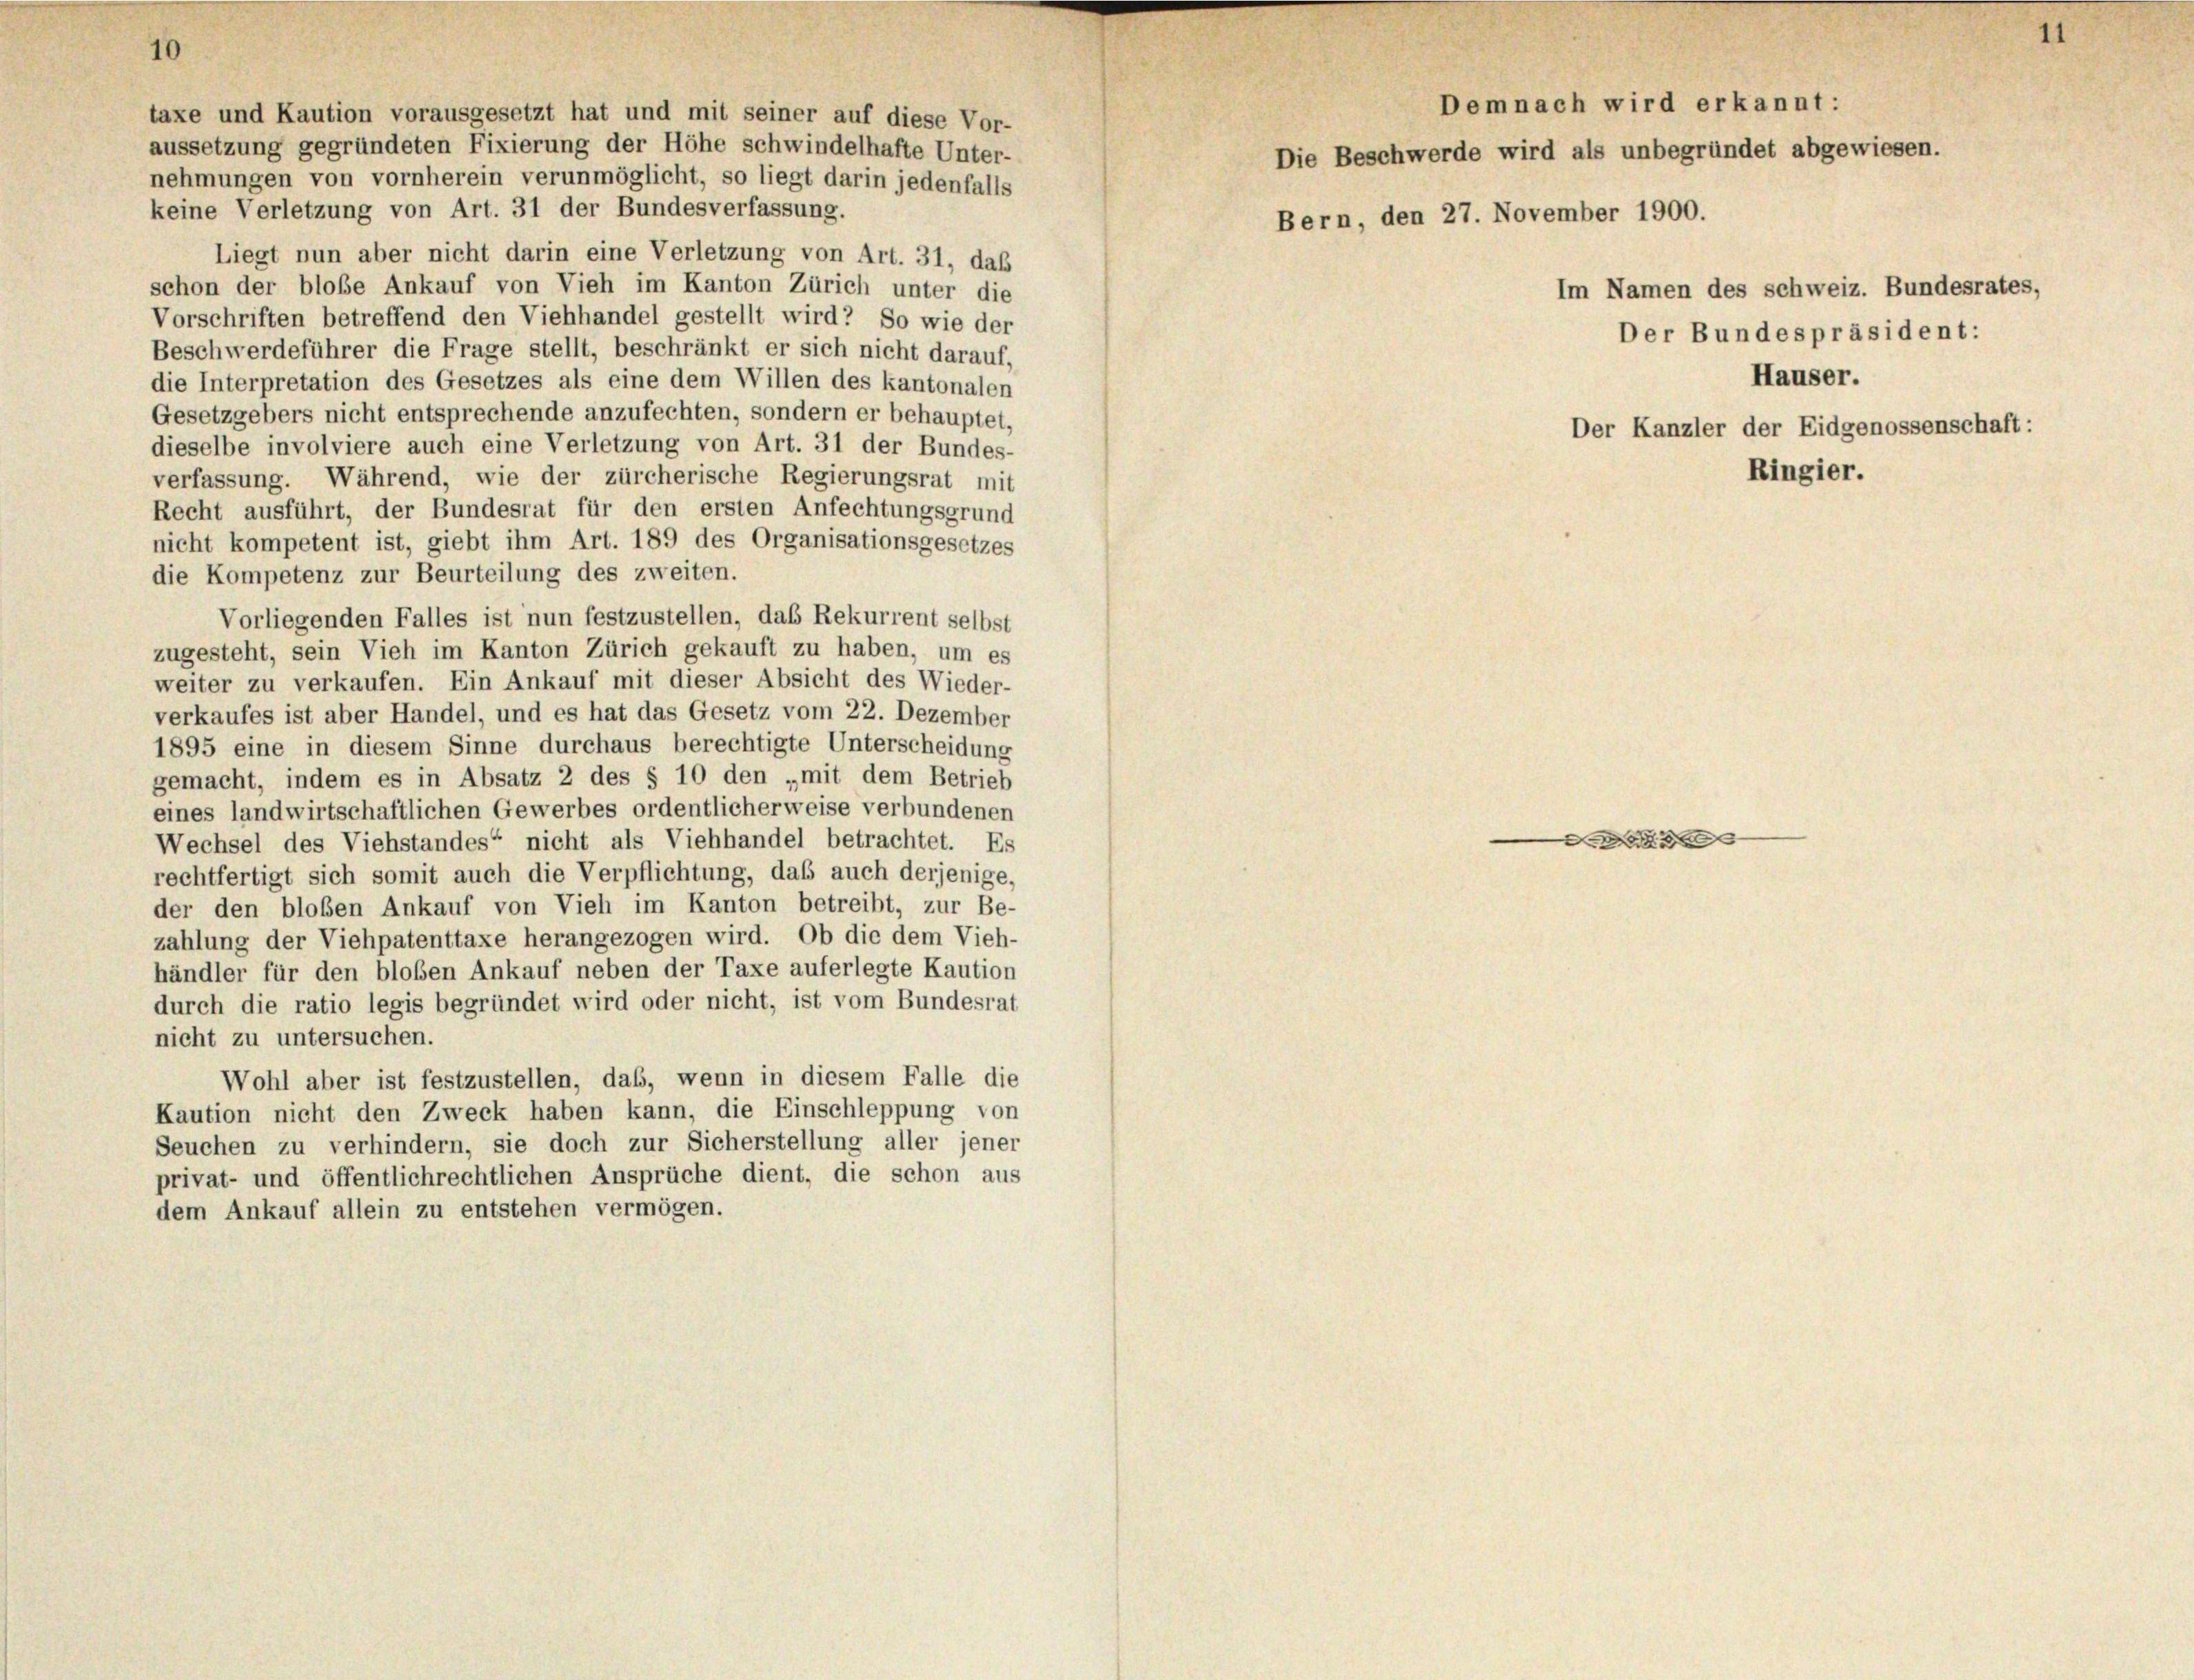
taxe und Kaution vorausgesetzt hat und mit seiner auf diese Vor-
aussetzung gegründeten Fixierung der Höhe schwindelhafte Unter-
nehmungen von vornherein verunmöglicht, so liegt darin jedenfalls
keine Verletzung von Art. 31 der Bundesverfassung.
Liegt nun aber nicht darin eine Verletzung von Art. 31, daß
schon der bloße Ankauf von Vieh im Kanton Zürich unter die
Vorschriften betreffend den Viehhandel gestellt wird? So wie der
Beschwerdeführer die Frage stellt, beschränkt er sich nicht darauf,
die Interpretation des Gesetzes als eine dem Willen des kantonalen
Gesetzgebers nicht entsprechende anzufechten, sondern er behauptet,
dieselbe involviere auch eine Verletzung von Art. 31 der Bundes-
verfassung. Während, wie der zürcherische Regierungsrat mit
Recht ausführt, der Bundesrat für den ersten Anfechtungsgrund
nicht kompetent ist, giebt ihm Art. 189 des Organisationsgesetzes
die Kompetenz zur Beurteilung des zweiten.
Vorliegenden Falles ist nun festzustellen, das Rekurrent selbst
zugesteht, sein Vieh im Kanton Zürich gekauft zu haben, um es
weiter zu verkaufen. Ein Ankauf mit dieser Absicht des Wieder-
verkaufes ist aber Handel, und es hat das Gesetz vom 22. Dezember
1895 eine in diesem Sinne durchaus berechtigte Unterscheidung
gemacht, indem es in Absatz 2 des § 10 den „mit dem Betrieb
eines landwirtschaftlichen Gewerbes ordentlicherweise verbundenen
Wechsel des Viehstandes“ nicht als Viehhandel betrachtet. Es
rechtfertigt sich somit auch die Verpflichtung, daß auch derjenige,
der den bloßen Ankauf von Vieh im Kanton betreibt, zur Be-
zahlung der Viehpatenttaxe herangezogen wird. Ob die dem Vieh-
händler für den bloßen Ankauf neben der Taxe auferlegte Kaution
durch die ratio legis begründet wird oder nicht, ist vom Bundesrat
nicht zu untersuchen.
Wohl aber ist festzustellen, daß, wenn in diesem Falle die
Kaution nicht den Zweck haben kann, die Einschleppung von
Seuchen zu verhindern, sie doch zur Sicherstellung aller jener
privat- und öffentlichrechtlichen Ansprüche dient, die schon aus
dem Ankauf allein zu entstehen vermögen.

Demnach wird erkannt:
Die Beschwerde wird als unbegründet abgewiesen.
Bern, den 27. November 1900.
Im Namen des schweiz. Bundesrates,
Der Bundespräsident:
Häuser.
Der Kanzler der Eidgenossenschaft:
Ringier.